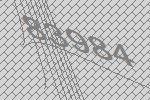
83984